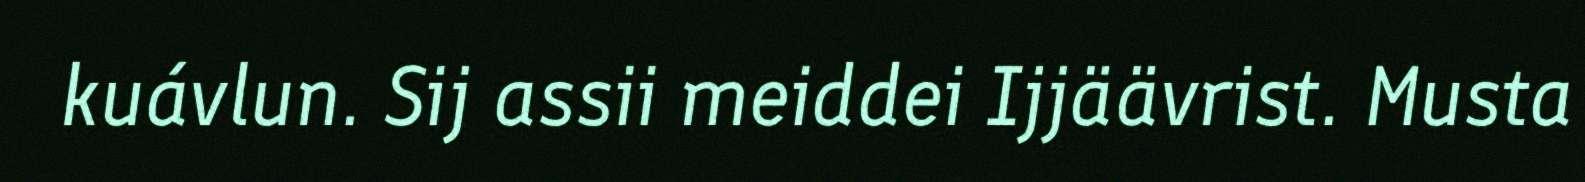
kuávlun. Sij assii meiddei Ijjäävrist. Musta